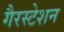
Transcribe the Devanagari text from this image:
गैरस्टेशन